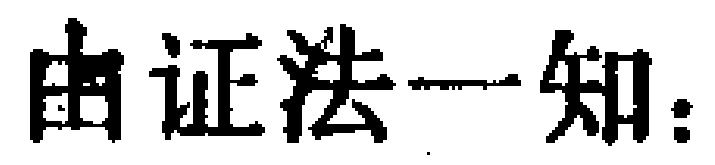
由证法一知：